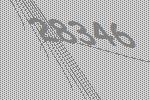
28346